Vaccination in the Punjab 1867-1880 - 1867-1880
Year: 1867
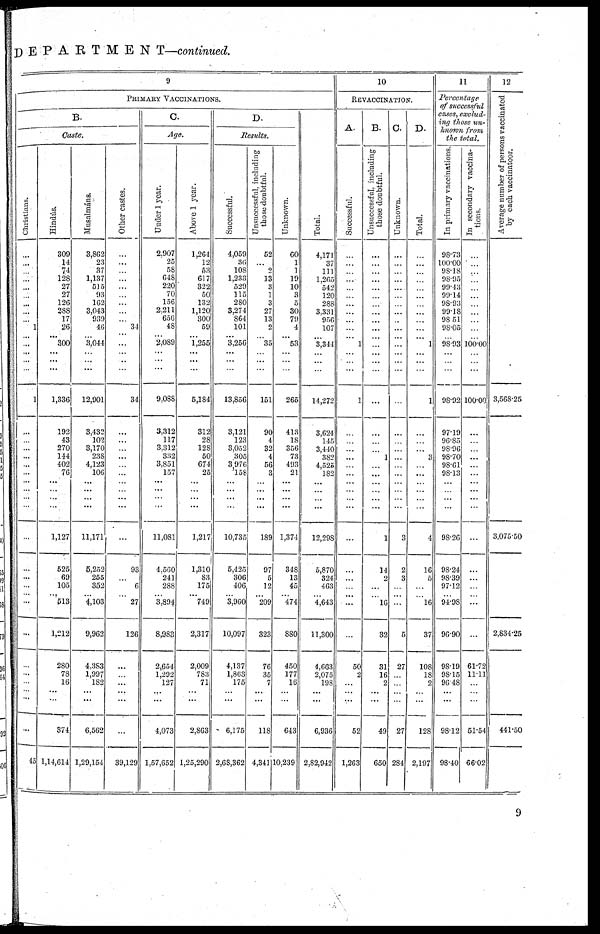
DEPARTMENT—continued.
9
PRIMARY VACCINATIONS.
B.
Caste.
Christians.
...
...
...
...
...
...
...
...
...
1
...
...
...
...
...
1
...
...
...
...
...
...
...
...
...
...
...
...
...
...
... ...
...
...
...
...
...
...
...
45
Hindús.
309
14
74
128
27
27
126
288
17
26
... 300
...
...
...
1,336
192
43
270
144
402
76
...
...
...
...
1,127
525
69
105
... 513
1,212
280
78
16
...
...
374
1,14,614
Musalmáns.
3,862
23
37
1,137
515
93
162
3,043
939
46
... 3,044
... ...
...
12,901
3,432
102
3,170
238
4,123
106
...
...
...
...
11,171
5,252
255
352
... 4,103
9,962
4,383
1,997
182
...
...
6,562
1,29,154
Other castes.
...
...
...
...
...
...
...
...
...
34
... ...
...
...
...
34
...
...
...
...
...
...
...
...
...
...
...
93
...
6
...
27
126
...
...
...
...
...
...
39,129
C.
Age.
Under 1 year.
2,907
25
58
648
220
70
156
2,211
656
48
... 2,089
...
...
...
9,088
3,312
117
3,312
332
3,851
157
...
...
...
...
11,081
4,560
241
288
... 3,894
8,983
2,654
1,292
127
...
...
4,073
1,57,652
Above 1 year.
1,264
12
53
617
322
50
132
1,120
300
59
... 1,255
...
...
...
5,184
312
28
128
50
674
25
...
...
...
...
1,217
1,310
83
175
... 749
2,317
2,009
783
71
...
...
2,863
1,25,290
D.
Results.
Successful.
4,059
36
108
1,233
529
115
280
3,274
864
101
... 3,256
...
...
...
13,856
3,121
123
3,052
305
3,976
158
...
...
...
...
10,735
5,425
306
406
... 3,960
10,097
4,137
1,863
175
...
...
6,175
2,68,362
Unsuccessful, including
those doubtful.
52
...
2
13
3
1
3
27
13
2
... 35
... ...
...
151
90
4
32
4
56
3
... ...
...
...
189
97
5
12
... 209
323
76
35
7
...
...
118
4,341
Unknown.
60
1
1
19
10
3
5
30
79
4
... 53
...
...
...
265
413
18
356
73
493
21
...
...
...
...
1,374
348
13
45
... 474
880
450
177
16
...
...
643
10,239
Total.
4,171
37
111
1,265
542
120
288
3,331
956
107
... 3,344
...
...
...
14,272
3,624
145
3,440
382
4,525
182
...
...
...
...
12,298
5,870
324
463
... 4,643
11,300
4,603
2,075
198
...
...
6,936
2,82,942
10
REVACCINATION.
A.
Successful.
...
...
...
...
...
...
...
...
...
...
... 1
...
...
...
1
...
...
...
...
...
...
...
...
...
...
...
...
...
...
... ...
...
50
2
...
...
...
52
1,263
B.
Unsuccessful, including
those doubtful.
...
...
...
...
...
...
...
...
...
...
... ...
...
...
...
...
...
...
...
1
...
...
...
...
...
...
1
14
2
...
... 16
32
31
16
2
...
...
49
650
C.
Unknown.
...
...
...
...
...
...
...
...
...
...
... ...
...
...
...
...
...
...
...
...
...
...
...
...
...
...
3
2
3
...
... ...
5
27
...
...
...
...
27
284
D.
Total.
...
...
...
...
...
...
...
...
...
...
... 1
...
...
...
1
...
...
...
3
...
...
...
...
...
...
4
16
5
...
... 16
37
108
18
2
...
...
128
2,197
11
Percentage
of successful
cases, exclud¬
ing those un¬
known from
the total.
In primary vaccinations.
98.73
100.00
98.18
98.95
99.43
99.14
98.93
99.18
98.51
98.05
... 98.93
...
...
...
98.92
97.19
96 .85
98.96
98.70
98.61
98.13
...
...
...
...
98.26
98.24
98.39
97.12
... 94.98
96.90
98.19
98.15
96.48
...
...
98.12
98.40
In secondary vaccina¬
tions.
...
...
...
...
...
...
...
...
...
...
... 100.00
...
...
...
100.00
...
...
...
...
...
...
...
...
...
...
...
...
...
...
... ...
...
61.72
11.11
...
...
...
51.54
66.02
12
Average number of persons vaccinated
by each vaccinatoor.
3,568.25
3,075.50
2,834.25
441.50
9